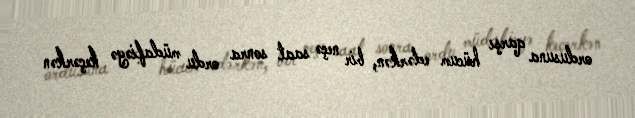
ordusuna qarşı hücum edərkən, bir neçə saat sonra ordu müdafiəyə keçərkən